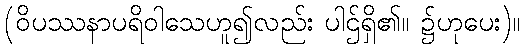
(ဝိပဿနာပရိဝါသေဟူ၍လည်း ပါဌ်ရှိ၏။ ၌ဟုပေး)။